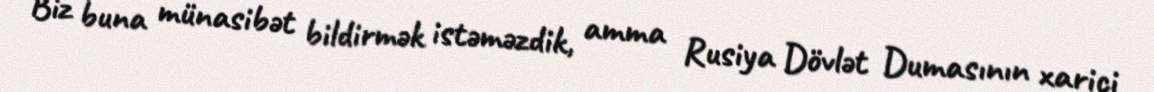
Biz buna münasibət bildirmək istəməzdik, amma Rusiya Dövlət Dumasının xarici